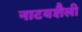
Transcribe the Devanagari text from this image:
नाटयशैली